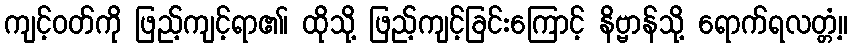
ကျင့်ဝတ်ကို ဖြည့်ကျင့်ရာ၏၊ ထိုသို့ ဖြည့်ကျင့်ခြင်းကြောင့် နိဗ္ဗာန်သို့ ရောက်ရလတ္တံ့။